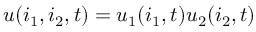
u ( i _ { 1 } , i _ { 2 } , t ) = u _ { 1 } ( i _ { 1 } , t ) u _ { 2 } ( i _ { 2 } , t )